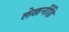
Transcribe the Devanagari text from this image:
लेखनींहि